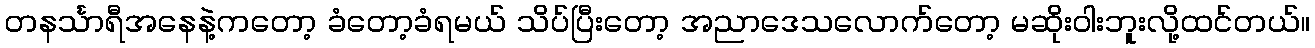
တနင်္သာရီအနေနဲ့ကတော့ ခံတော့ခံရမယ် သိပ်ပြီးတော့ အညာဒေသလောက်တော့ မဆိုးဝါးဘူးလို့ထင်တယ်။